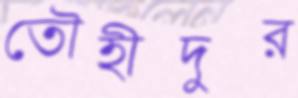
তৌহীদুর